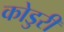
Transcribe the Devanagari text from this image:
कोडुरी